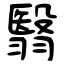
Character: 翳